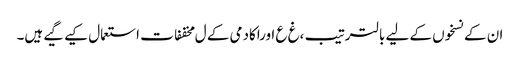
ان کے نسخوں کے لیے بالترتیب ،غ ع اوراکادمی کے ل مخففات استعمال کیے گیے ہیں۔